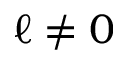
\ell \neq 0